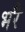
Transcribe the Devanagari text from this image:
भरै